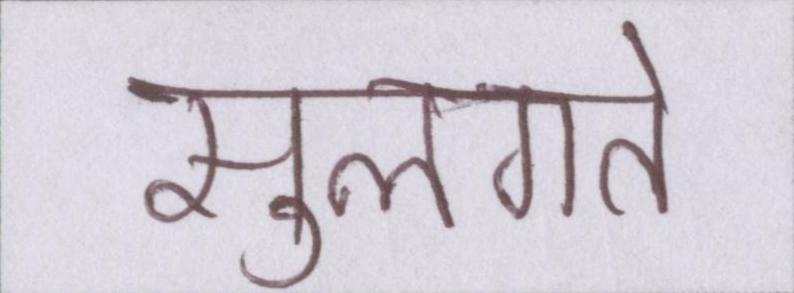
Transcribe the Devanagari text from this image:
सुलगते